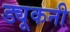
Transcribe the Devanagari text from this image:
ड्यूकनी